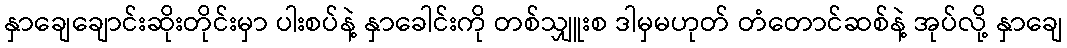
နှာချေချောင်းဆိုးတိုင်းမှာ ပါးစပ်နဲ့ နှာခေါင်းကို တစ်သျှူးစ ဒါမှမဟုတ် တံတောင်ဆစ်နဲ့ အုပ်လို့ နှာချေ